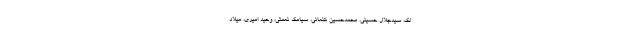
لک، سیدجلال حسینی، محمدحسین کنعانی، سیامک نعمتی، وحید امیری، میلاد